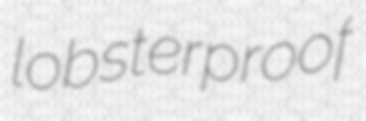
lobsterproof